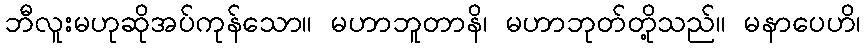
ဘီလူးမဟုဆိုအပ်ကုန်သော။ မဟာဘူတာနိ၊ မဟာဘုတ်တို့သည်။ မနာပေဟိ၊